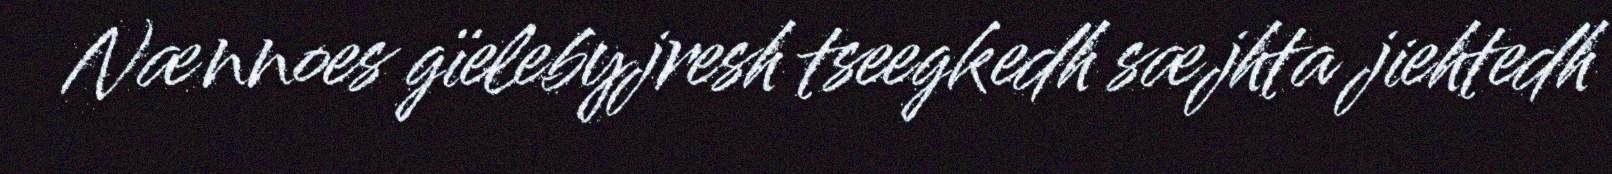
Nænnoes gïelebyjresh tseegkedh sæjhta jiehtedh